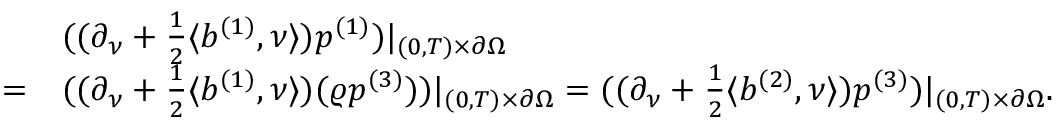
\begin{array} { r l } & { ( ( \partial _ { \nu } + \frac { 1 } { 2 } \langle b ^ { ( 1 ) } , \nu \rangle ) p ^ { ( 1 ) } ) | _ { ( 0 , T ) \times \partial \Omega } } \\ { = } & { ( ( \partial _ { \nu } + \frac { 1 } { 2 } \langle b ^ { ( 1 ) } , \nu \rangle ) ( \varrho p ^ { ( 3 ) } ) ) | _ { ( 0 , T ) \times \partial \Omega } = ( ( \partial _ { \nu } + \frac { 1 } { 2 } \langle b ^ { ( 2 ) } , \nu \rangle ) p ^ { ( 3 ) } ) | _ { ( 0 , T ) \times \partial \Omega } . } \end{array}